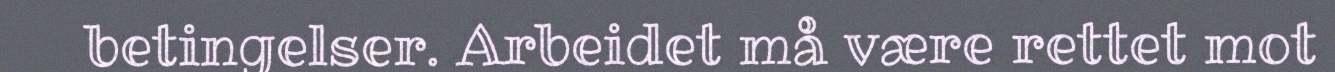
betingelser. Arbeidet må være rettet mot